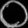
Digit: ၀